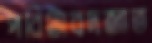
পরিটাবদজাত